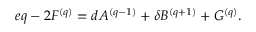
e q - 2 F ^ { ( q ) } = d A ^ { ( q - 1 ) } + \delta B ^ { ( q + 1 ) } + G ^ { ( q ) } .